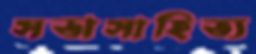
সভাসাহিত্য